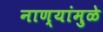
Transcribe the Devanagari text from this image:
नाण्यांमुळे